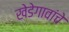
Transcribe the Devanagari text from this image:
खेडेगावांचे